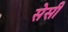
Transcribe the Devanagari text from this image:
सेसी